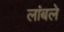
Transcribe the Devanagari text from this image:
लांबले